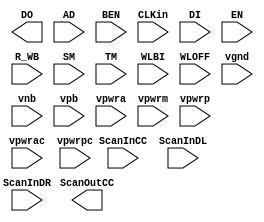
// SPDX-FileCopyrightText: 2024 Efabless Corporation and its Licensors, All Rights Reserved
// ========================================================================================
//
//  This software is protected by copyright and other intellectual property
//  rights. Therefore, reproduction, modification, translation, compilation, or
//  representation of this software in any manner other than expressly permitted
//  is strictly prohibited.
//
//  You may access and use this software, solely as provided, solely for the purpose of
//  integrating into semiconductor chip designs that you create as a part of the
//  of Efabless shuttles or Efabless managed production programs (and solely for use and
//  fabrication as a part of Efabless production purposes and for no other purpose.  You
//  may not modify or convey the software for any other purpose.
//
//  Disclaimer: EFABLESS AND ITS LICENSORS MAKE NO WARRANTY OF ANY KIND,
//  EXPRESS OR IMPLIED, WITH REGARD TO THIS MATERIAL, AND EXPRESSLY DISCLAIM
//  ANY AND ALL WARRANTIES OF ANY KIND INCLUDING, BUT NOT LIMITED TO, THE
//  IMPLIED WARRANTIES OF MERCHANTABILITY AND FITNESS FOR A PARTICULAR
//  PURPOSE. Efabless reserves the right to make changes without further
//  notice to the materials described herein. Neither Efabless nor any of its licensors
//  assume any liability arising out of the application or use of any product or
//  circuit described herein. Efabless's products described herein are
//  not authorized for use as components in life-support devices.
//
//  If you have a separate agreement with Efabless pertaining to the use of this software
//  then that agreement shall control.

module EF_SRAM_1024x32 (DO, ScanOutCC, AD, BEN, CLKin, DI, EN, R_WB, ScanInCC, ScanInDL, ScanInDR, SM, TM, WLBI, WLOFF, vgnd, vnb, vpb, vpwra, vpwrac, vpwrm, vpwrp, vpwrpc);
    output [31:0] DO;
    output ScanOutCC;
    input [31:0] DI;
    input [31:0] BEN;
    input [9:0] AD;
    input EN;
    input R_WB;
    input CLKin;
    input WLBI;
    input WLOFF;
    input TM;
    input SM;
    input ScanInCC;
    input ScanInDL;
    input ScanInDR;
    input vpwrac;
    input vpwrpc;
    input vgnd;
    input vpwrm;

`ifdef EF_SRAM_PA_SIM
  inout vpwra;
`else
  input vpwra;
`endif


`ifdef EF_SRAM_PA_SIM
  inout vpwrp;
`else
  input vpwrp;
`endif

    input vnb;
    input vpb;
endmodule